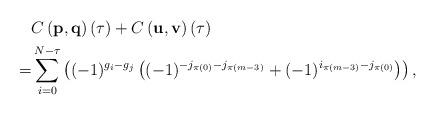
LaTeX: \begin{align*}\begin{aligned} &C\left(\mathbf{p},\mathbf{q}\right)(\tau) + C\left(\mathbf{u},\mathbf{v}\right)(\tau) \\=&\sum_{i=0}^{N-\tau}\left((-1)^{g_i-g_j}\left((-1)^{-j_{\pi(0)}-j_{\pi(m-3)}}+(-1)^{i_{\pi(m-3)}-j_{\pi(0)}}\right)\right), \end{aligned}\end{align*}